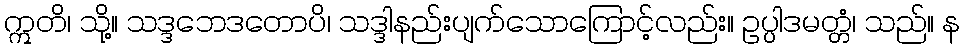
ဣတိ၊ သို့။ သဒ္ဒဘေဒတောပိ၊ သဒ္ဒါနည်းပျက်သောကြောင့်လည်း။ ဥပ္ပါဒမတ္တံ၊ သည်။ န